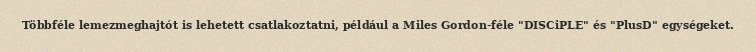
Többféle lemezmeghajtót is lehetett csatlakoztatni, például a Miles Gordon-féle "DISCiPLE" és "PlusD" egységeket.